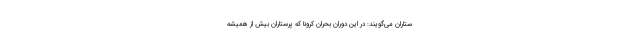
ستاران می‌گویند: در این دوران بحران کرونا که پرستاران بیش از همیشه